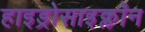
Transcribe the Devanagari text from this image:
हाइड्रोसाइक्लॉन